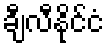
ချီလီနိုင်ငံ